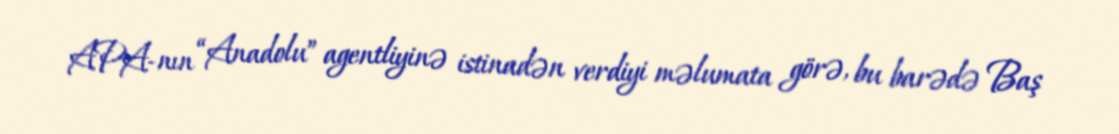
APA-nın “Anadolu” agentliyinə istinadən verdiyi məlumata görə, bu barədə Baş